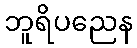
ဘူရိပညေန